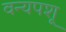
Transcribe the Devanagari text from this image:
वन्यपशू